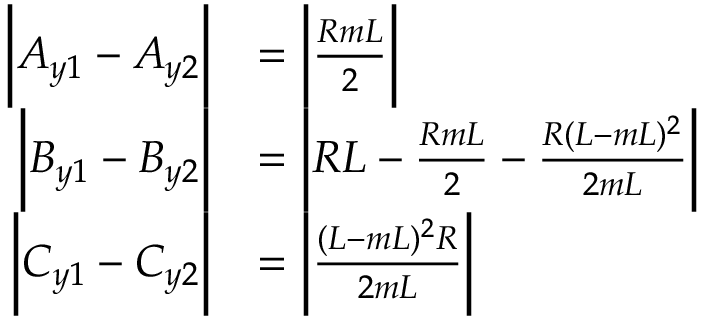
\begin{array} { r l } { \bigg | A _ { y 1 } - A _ { y 2 } \bigg | } & { = \bigg | \frac { R m L } { 2 } \bigg | } \\ { \bigg | B _ { y 1 } - B _ { y 2 } \bigg | } & { = \bigg | R L - \frac { R m L } { 2 } - \frac { R ( L - m L ) ^ { 2 } } { 2 m L } \bigg | } \\ { \bigg | C _ { y 1 } - C _ { y 2 } \bigg | } & { = \bigg | \frac { ( L - m L ) ^ { 2 } R } { 2 m L } \bigg | } \end{array}